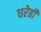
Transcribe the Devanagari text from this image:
घरेही